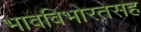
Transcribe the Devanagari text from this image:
भावविभोरतेसह